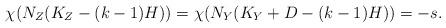
LaTeX: \begin{align*}\chi(N_Z(K_Z-(k-1)H))=\chi(N_Y(K_Y+D-(k-1)H))=-s.\end{align*}